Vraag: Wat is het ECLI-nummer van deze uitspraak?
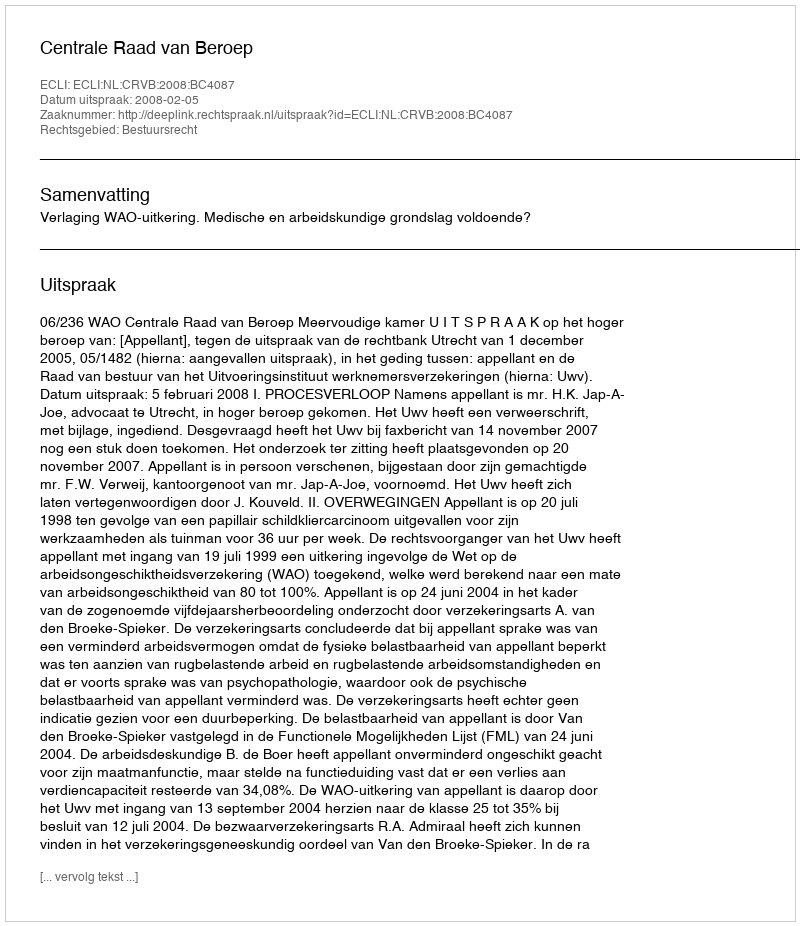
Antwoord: ECLI:NL:CRVB:2008:BC4087